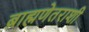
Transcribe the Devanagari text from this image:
ब्राह्मणेतराशी